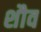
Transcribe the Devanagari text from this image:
शौव